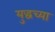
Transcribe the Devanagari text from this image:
युद्धच्या